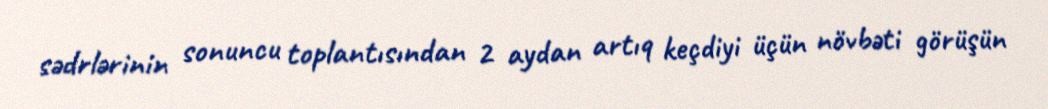
sədrlərinin sonuncu toplantısından 2 aydan artıq keçdiyi üçün növbəti görüşün